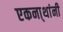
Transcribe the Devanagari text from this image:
एकना्थांनी